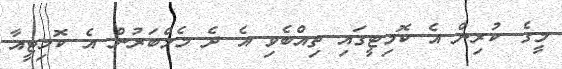
މީގެ ކުރިން އެ ކޮމިޓީގައި ތިއްބެވި އެ ދެ މެމްބަރުން އެ ކޮމިޓީއާ